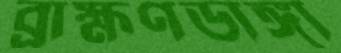
ব্রাহ্মণডাঙ্গা